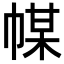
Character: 𢃱